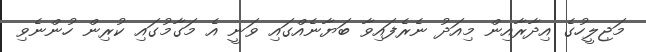
މަޖިލީހުގެ އިދާރާއިން މިއަދު ނެރެފައިވާ ބަޔާނެއްގައި ވަނީ އެ މަގާމުގައި ކުރިން ހުންނެވި